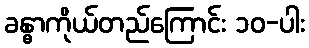
ခန္ဓာကိုယ်တည်ကြောင်း ၁၀-ပါး